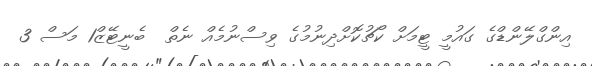
އިންގްލޭންޑްގެ ގައުމީ ޓީމަށް ކޯޗުކޮށްދިނުމުގެ ވިސްނުމެއް ނެތް  ބެނީޓޭޒް1 މަސް 3